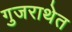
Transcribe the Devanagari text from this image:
गुजराथेत